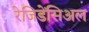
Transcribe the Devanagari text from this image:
रेजिडेंसिअल